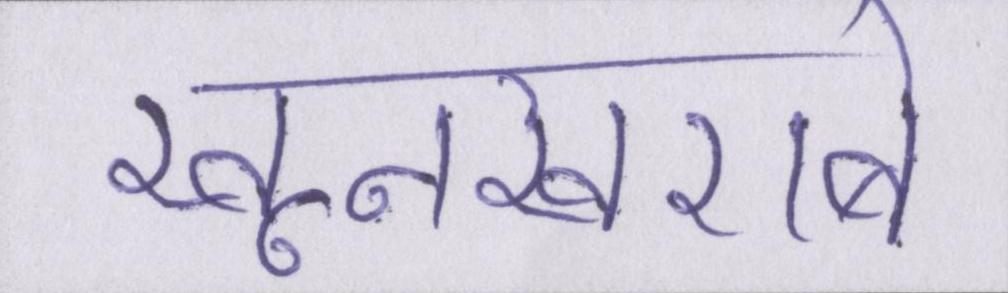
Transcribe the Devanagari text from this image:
खूनखराबे